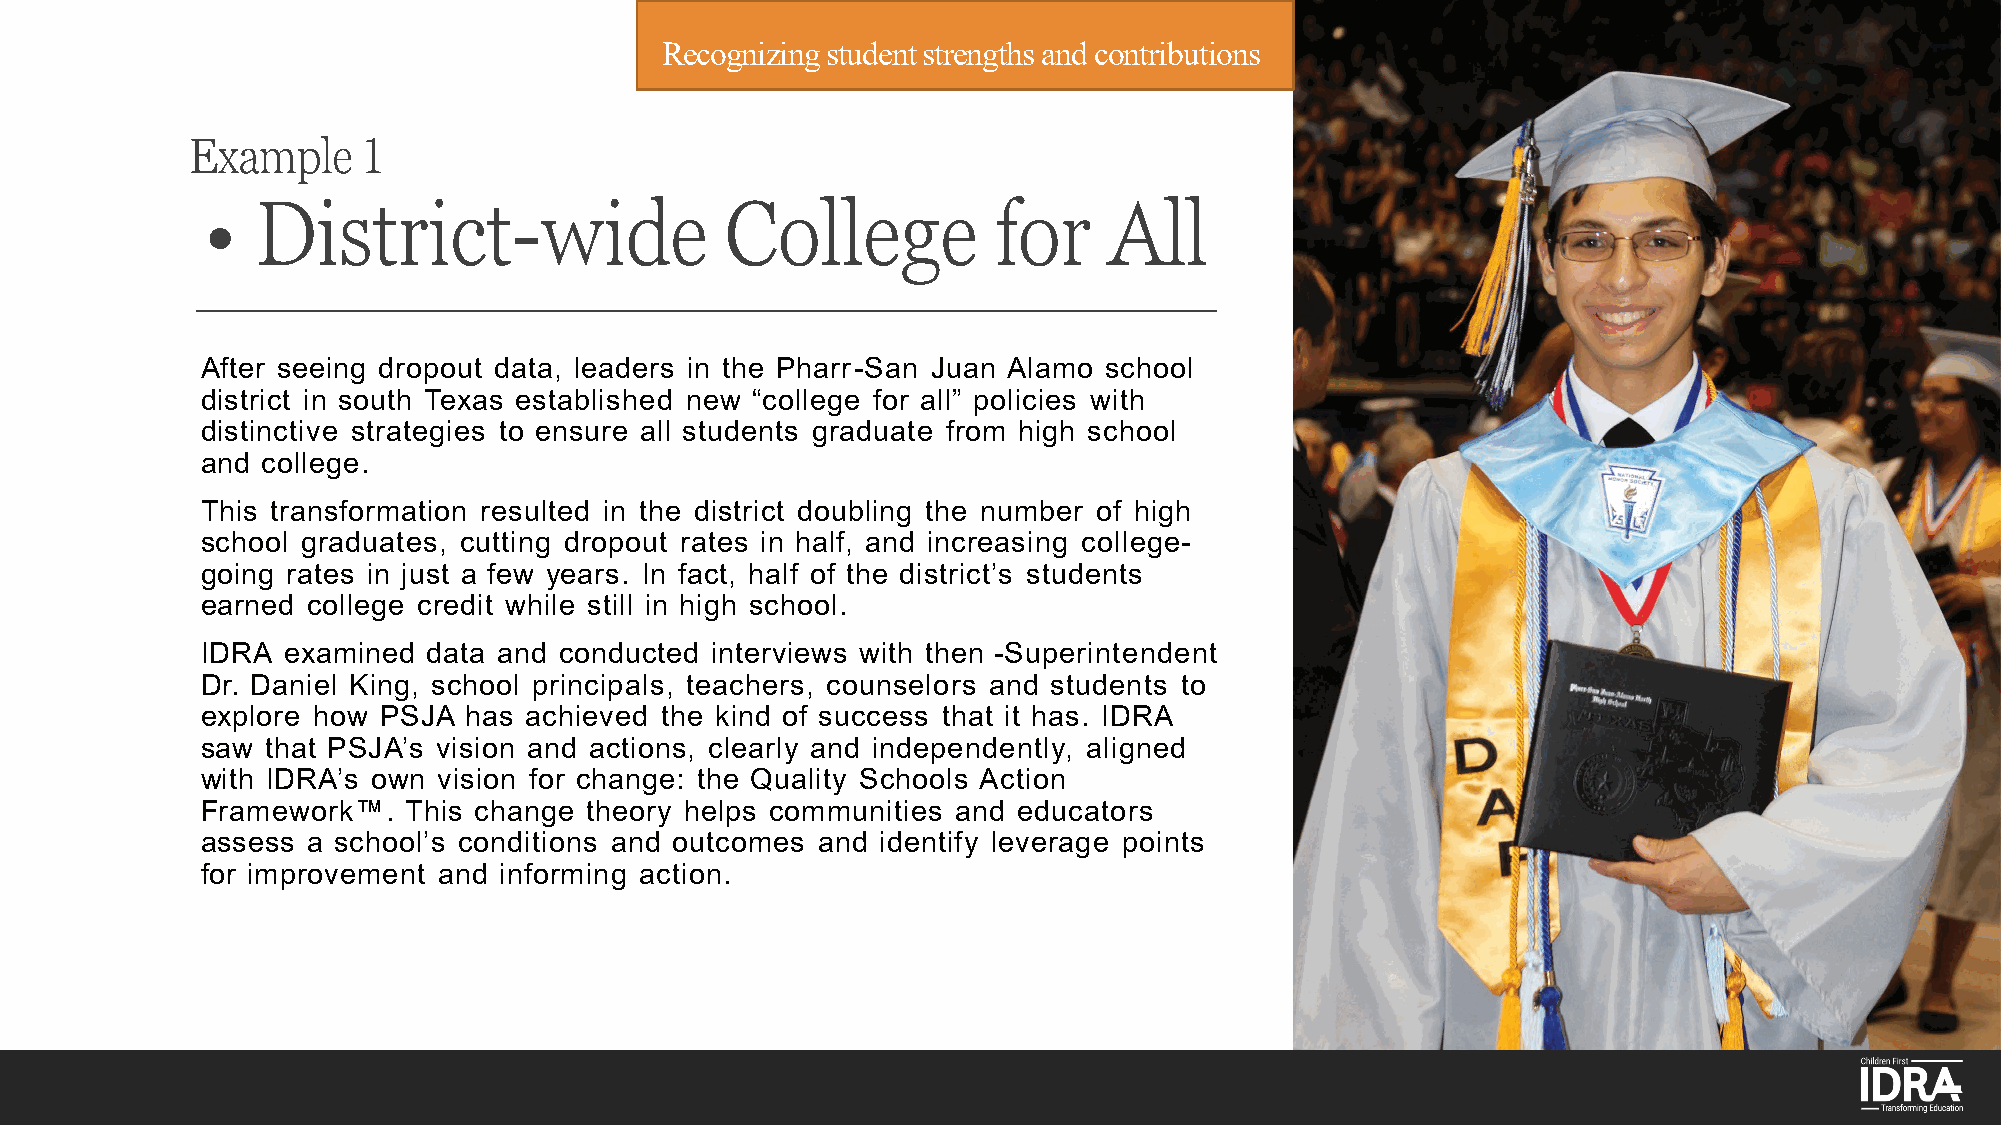
Recognizing student strengths and contributions
 Example     1
 •   District-wide                  College           for    All
 After seeing dropout data, leaders in the Pharr-San Juan Alamo school
 district in south Texas established new “college for all” policies with
 distinctive strategies to ensure all students graduate from high school
 and college.
 This transformation resulted in the district doubling the number of high
 school graduates, cutting dropout rates in half, and increasing college-
 going rates in just a few years. In fact, half of the district’s students
 earned college credit while still in high school.
 IDRA  examined data and conducted interviews with then -Superintendent
 Dr. Daniel King, school principals, teachers, counselors and students to
 explore how PSJA  has achieved the kind of success that it has. IDRA
 saw  that PSJA’s vision and actions, clearly and independently, aligned
 with IDRA’s own vision for change: the Quality Schools Action
 Framework™.   This change theory helps communities and educators
 assess a school’s conditions and outcomes and identify leverage points
 for improvement and informing action.